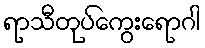
ရာသီတုပ်ကွေးရောဂါ